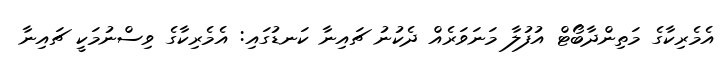
އެމެރިކާގެ މަތިންދާބޯޓް އުފުލާ މަނަވަރެއް ދެކުނު ޗައިނާ ކަނޑުގައި: އެމެރިކާގެ ވިސްނުމަކީ ޗައިނާ